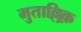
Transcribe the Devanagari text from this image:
मुताल्लिक़